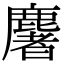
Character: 𪋏